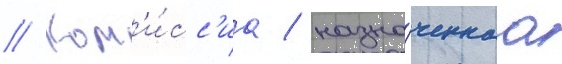
// Ком'и́сс'иа / назна́ченнаа